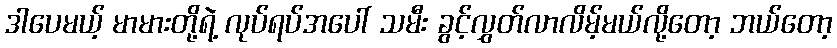
ဒါပေမယ့် မာမားတို့ရဲ့ လုပ်ရပ်အပေါ် သမီး ခွင့်လွှတ်လာလိမ့်မယ်လို့တော့ ဘယ်တော့